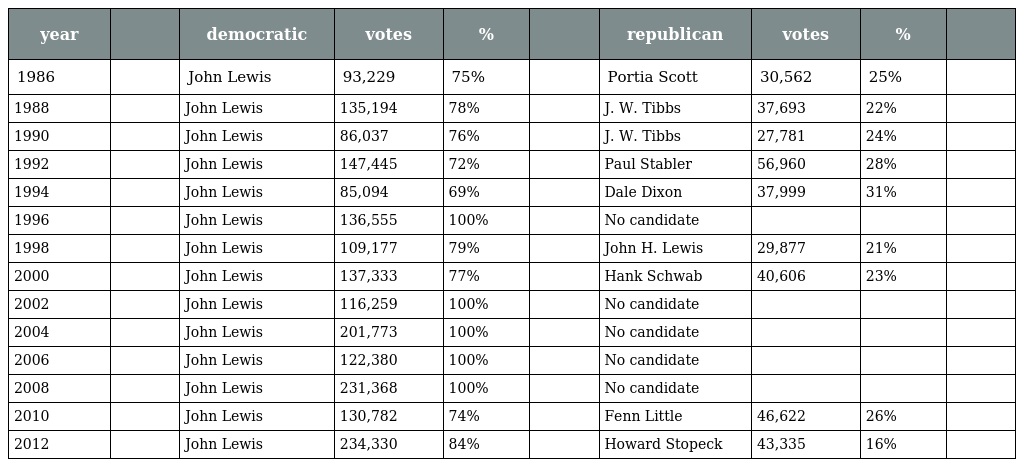
| year |  | democratic | votes | % |  | republican | votes | % |  |
 | --- | --- | --- | --- | --- | --- | --- | --- | --- | --- |
 | 1986 |  | John Lewis | 93,229 | 75% |  | Portia Scott | 30,562 | 25% |  |
 | 1988 |  | John Lewis | 135,194 | 78% |  | J. W. Tibbs | 37,693 | 22% |  |
 | 1990 |  | John Lewis | 86,037 | 76% |  | J. W. Tibbs | 27,781 | 24% |  |
 | 1992 |  | John Lewis | 147,445 | 72% |  | Paul Stabler | 56,960 | 28% |  |
 | 1994 |  | John Lewis | 85,094 | 69% |  | Dale Dixon | 37,999 | 31% |  |
 | 1996 |  | John Lewis | 136,555 | 100% |  | No candidate |  |  |  |
 | 1998 |  | John Lewis | 109,177 | 79% |  | John H. Lewis | 29,877 | 21% |  |
 | 2000 |  | John Lewis | 137,333 | 77% |  | Hank Schwab | 40,606 | 23% |  |
 | 2002 |  | John Lewis | 116,259 | 100% |  | No candidate |  |  |  |
 | 2004 |  | John Lewis | 201,773 | 100% |  | No candidate |  |  |  |
 | 2006 |  | John Lewis | 122,380 | 100% |  | No candidate |  |  |  |
 | 2008 |  | John Lewis | 231,368 | 100% |  | No candidate |  |  |  |
 | 2010 |  | John Lewis | 130,782 | 74% |  | Fenn Little | 46,622 | 26% |  |
 | 2012 |  | John Lewis | 234,330 | 84% |  | Howard Stopeck | 43,335 | 16% |  |